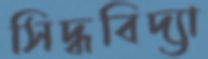
সিদ্ধবিদ্যা